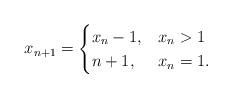
LaTeX: \begin{align*}x_{n+1} = \begin{cases} x_n-1, & x_n >1\\n+1, & x_n = 1.\end{cases}\end{align*}